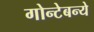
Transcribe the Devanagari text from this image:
गोन्टेबन्ये